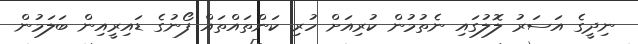
ނިދީގެ އަސަރު ލޮލުގައި ނެތުމުން ކުރިއަށް ހުރި ކަންތައްތައް ފޯނުގެ ޑައިރީއިން ބަލަމުން